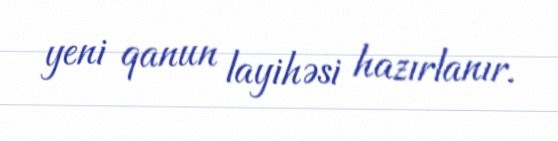
yeni qanun layihəsi hazırlanır.